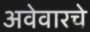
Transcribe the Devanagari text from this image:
अवेवारचे